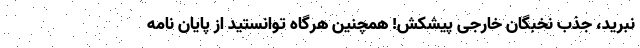
نبرید، جذب نخبگان خارجی پیشکش! همچنین هرگاه توانستید از پایان نامه